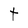
Character: t